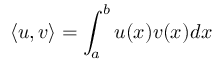
\left\langle u , v \right\rangle = \int _ { a } ^ { b } u ( x ) v ( x ) d x